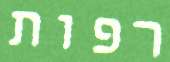
רפות